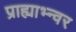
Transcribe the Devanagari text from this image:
प्राह्याभ्न्वर